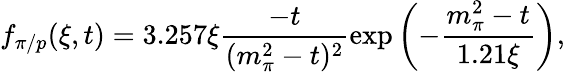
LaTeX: f_{\pi/p}(\xi,t)=3.257\xi\frac{-t}{(m_{\pi}^{2}-t)^{2}}\exp\left(-\frac{m_{\pi}^{2}-t}{1.21\xi}\right),